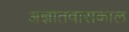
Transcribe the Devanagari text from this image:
अज्ञातवासकाल